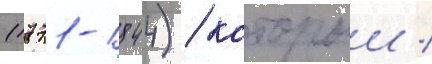
(1771-1844) / которыи /